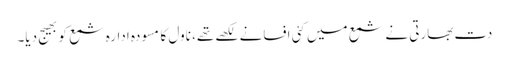
دت بھارتی نے شمع میں کئی افسانے لکھے تھے، ناول کا مسودہ ادارہ شمع کو بھیج دیا۔